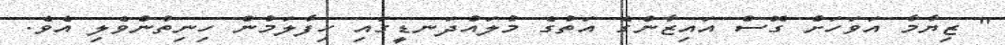
" ޒިޔާމާ އަވަހަށް ގޮސް އައިޒާންގެ އަތުގެ މުލައްދަނޑީގައި ހިފާލަމުން ހިނިތުންވެލި އެވެ.